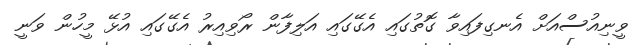
ވީނިއުސްއަށް އެނގިފައިވާ ގޮތުގައި އެގޭގައި އަލިފާން ރޯވިއިރު އެގޭގައި އުޅޭ މީހުން ވަނީ